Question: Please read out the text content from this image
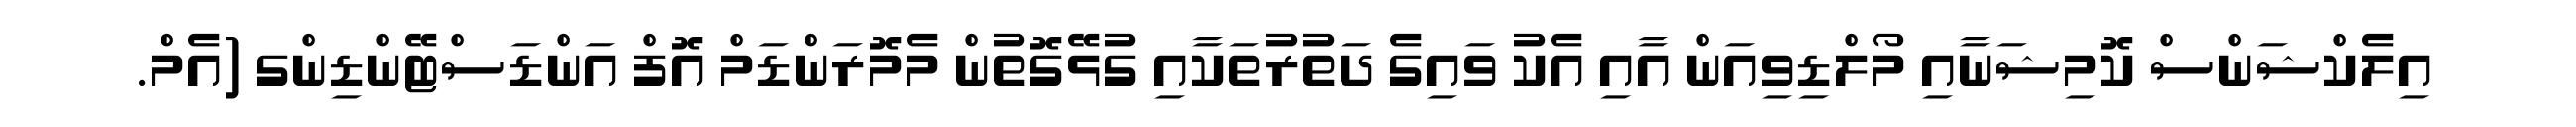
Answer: އިލެކްޝަންސް ކޮމިޝަނާއި މޯލްޑިވިއަން އާއި އެކު ވައިގެ ދަތުރުތަކާއި ގުޅޭގޮތުން މެމޮރަންޑަމް އޮފް އަންޑަސްޓޭންޑިންގ (އެމް.